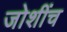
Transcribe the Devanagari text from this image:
जोशींच